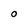
Character: O